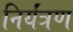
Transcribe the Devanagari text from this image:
निर्यंत्रण